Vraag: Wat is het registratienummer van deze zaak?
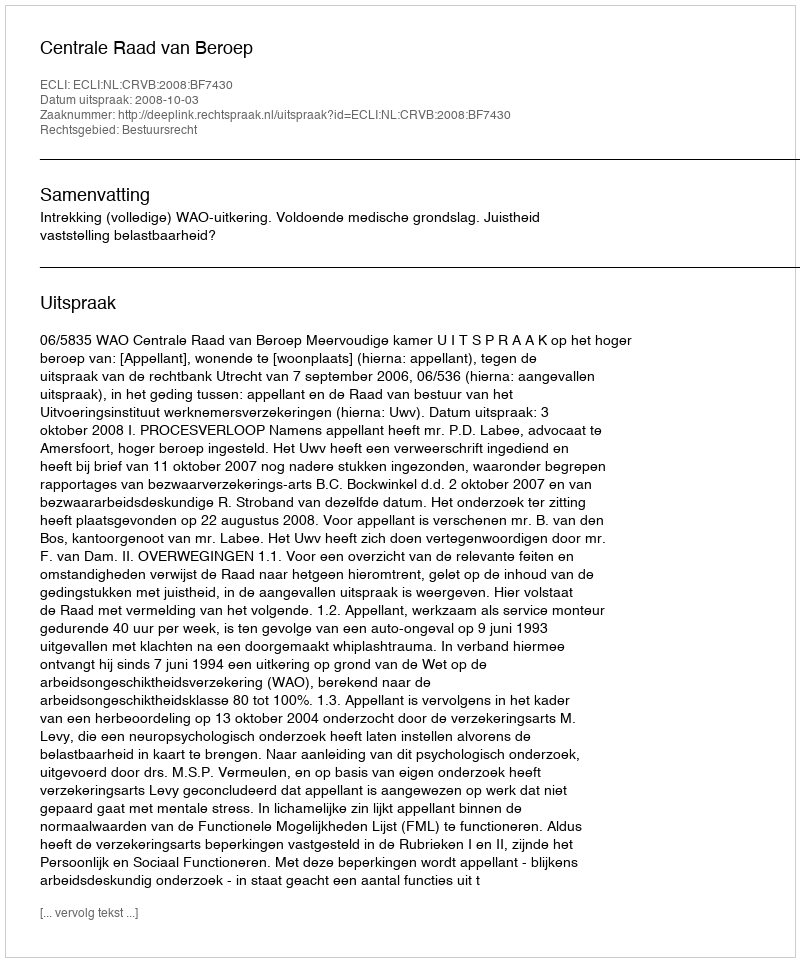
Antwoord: http://deeplink.rechtspraak.nl/uitspraak?id=ECLI:NL:CRVB:2008:BF7430